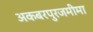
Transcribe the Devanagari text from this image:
अकबरपुरजमीमा